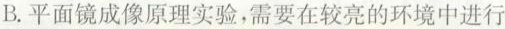
B.平面镜成像原理实验，需要在较亮的环境中进行